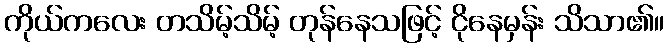
ကိုယ်ကလေး တသိမ့်သိမ့် တုန်နေသဖြင့် ငိုနေမှန်း သိသာ၏။